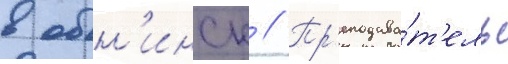
в обн'инск // Пр'еподава́т'ель